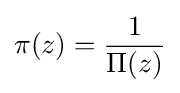
\pi (z)={\frac {1}{\Pi (z)}}